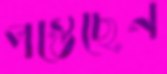
পস্তেছেন